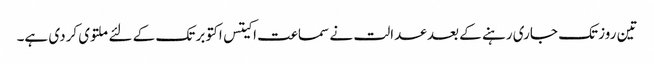
تین روز تک جاری رہنے کے بعد عدالت نے سماعت اکیتس اکتوبر تک کے لئے ملتوی کردی ہے۔